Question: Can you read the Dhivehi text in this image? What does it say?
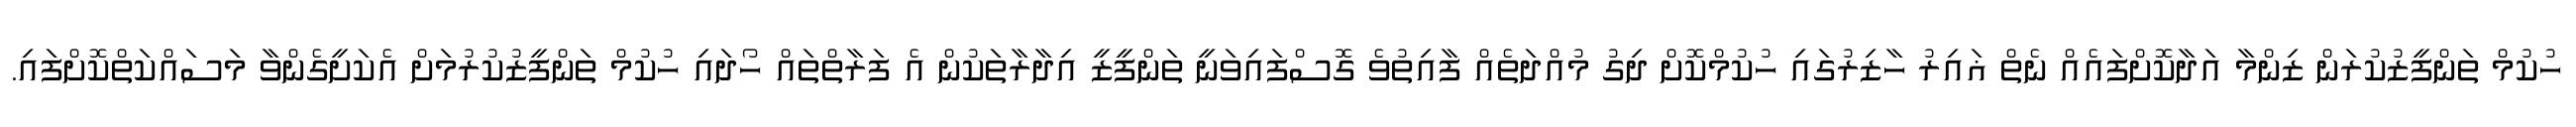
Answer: ހުކުމް ތަންފީޒުކުރަން ޒިންމާ އަދާކޮށްފައެއް ނެތް ޣައިރު ހާޒިރުގައި ހުކުމްކޮށް ދިގު މުއްދަތެއް ފާއިތުވެ ގޮސްފައިވަނީ ތަންފީޒީ އިދާރާތަކުން އެ ފަރާތްތައް ހޯދައި ހުކުމް ތަންފީޒުކުރުމަށް އެކަށީގެންވާ މަސައްކަތްކޮށްފައި.